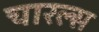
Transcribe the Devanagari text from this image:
चारल्स